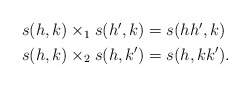
\begin{align*} \begin{aligned} s(h,k)\times_1 s(h',k) &= s(hh',k)\\ s(h,k)\times_2 s(h,k') &= s(h,kk'). \end{aligned}\end{align*}